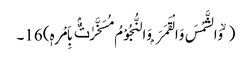
( ۙ وَالشَّمْسَ وَالْقَمَرَ ۭ وَالنُّجُوْمُ مُسَخَّرٰتٌۢ بِاَمْرِہٖ) 16۔